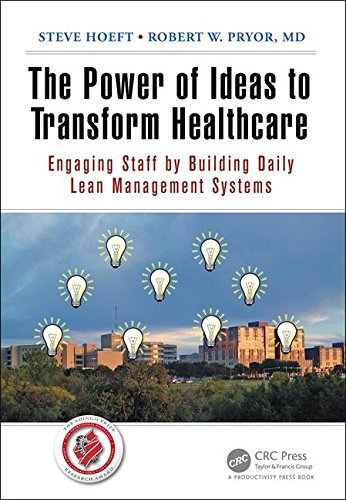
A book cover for The Power of Ideas to Transform Healthcare: Engaging Staff by Building Daily Lean Management Systems; Steve Hoeft; Medical Books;